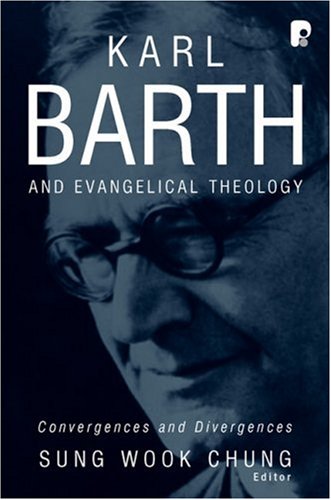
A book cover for Karl Barth and Evangelical Theology: Convergences and Divergences; Christian Books & Bibles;